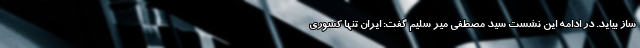
ساز بیاید. در ادامه این نشست سید مصطفی میر سلیم گفت: ایران تنها کشوری